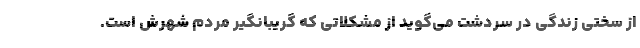
از سختی زندگی در سردشت می‌گوید از مشکلاتی که گریبانگیر مردم شهرش است.